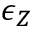
\epsilon _ { Z }